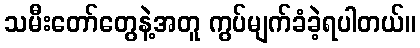
သမီးတော်တွေနဲ့အတူ ကွပ်မျက်ခံခဲ့ရပါတယ်။